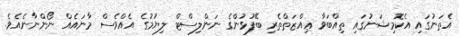
އެތަނުގައި އެކޮމިޝަނުގައި ތިއްބަވާ ޢިއްޒަތްތެރި ބޭފުޅުންގެ ނަންލިސްޓް ލިޔުމުގެ އެއްވެސް މާނައެއް ނޯންނާނެއެވެ.